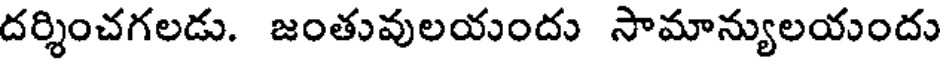
దర్శించగలడు. జంతువులయందు సామాన్యులయందు